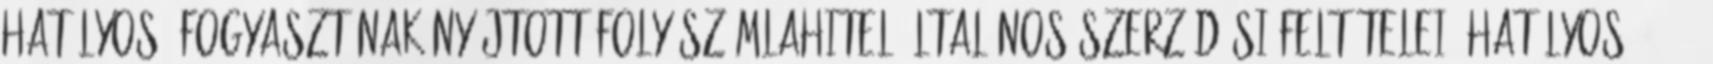
Hatályos: FOGYASZTÓNAK NYÚJTOTT FOLYÓSZÁMLAHITEL ÁLTALÁNOS SZERZŐDÉSI FELTÉTELEI. HATÁLYOS: 2016.